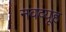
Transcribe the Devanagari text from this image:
नवव्यूह